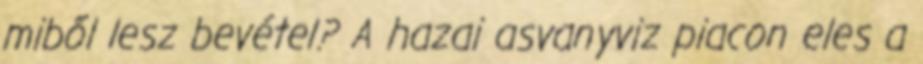
miből lesz bevétel? A hazai asvanyviz piacon eles a